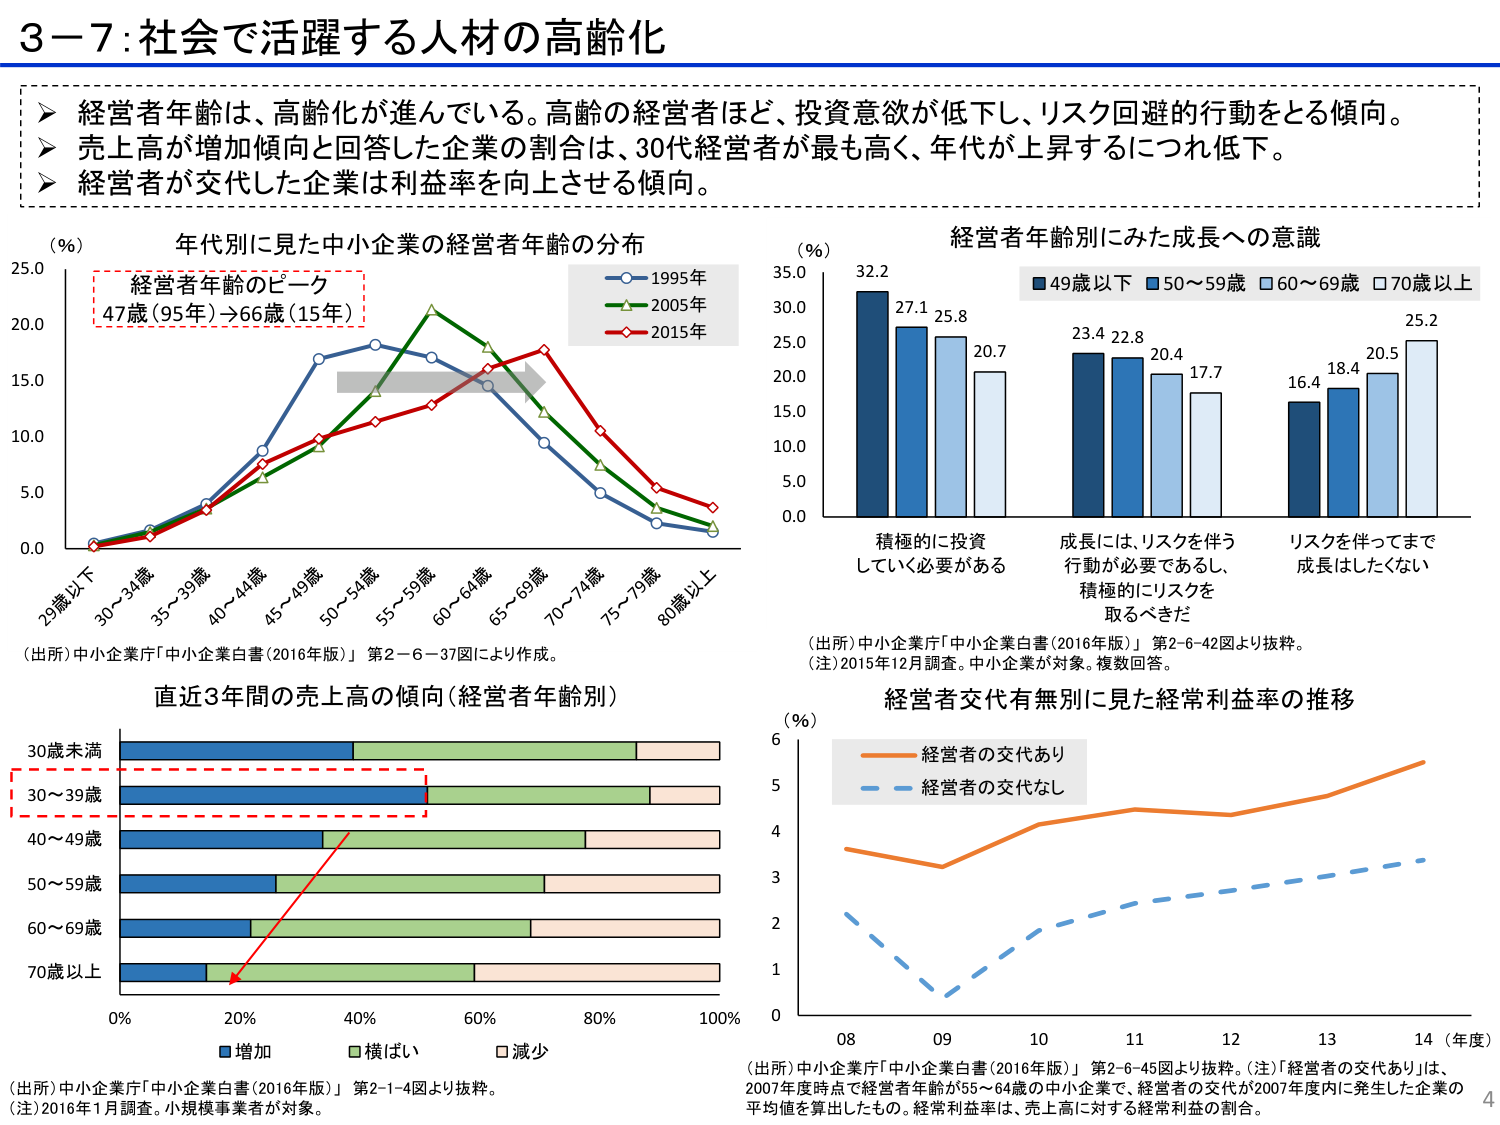
3－7：社会で活躍する人材の高齢化

▶ 経営者年齢は、高齢化が進んでいる。高齢の経営者ほど、投資意欲が低下し、リスク回避的行動をとる傾向。
▶ 売上高が増加傾向と回答した企業の割合は、30代経営者が最も高く、年代が上昇するにつれ低下。
▶ 経営者が交代した企業は利益率を向上させる傾向。

（％）
年代別に見た中小企業の経営者年齢の分布
経営者年齢のピーク
47歳（95年）→66歳（15年）
1995年
2005年
2015年
29歳以下
30～34歳
35～39歳
40～44歳
45～49歳
50～54歳
55～59歳
60～64歳
65～69歳
70～74歳
75～79歳
80歳以上
（出所）中小企業庁「中小企業白書（2016年版）」第2－6－37図より作成。

（％）
経営者年齢別にみた成長への意識
49歳以下
50～59歳
60～69歳
70歳以上
32.2
27.1
25.8
20.7
23.4
22.8
20.4
17.7
16.4
18.4
20.5
25.2
積極的に投資していく必要がある
成長には、リスクを伴う行動が必要であるし、積極的にリスクを取るべきだ
リスクを伴ってまで成長はしたくない
（出所）中小企業庁「中小企業白書（2016年版）」第2-6-42図より抜粋。
（注）2015年12月調査。中小企業が対象。複数回答。

直近3年間の売上高の傾向（経営者年齢別）
30歳未満
30～39歳
40～49歳
50～59歳
60～69歳
70歳以上
0％
20％
40％
60％
80％
100％
増加
横ばい
減少
（出所）中小企業庁「中小企業白書（2016年版）」第2-1-4図より抜粋。
（注）2016年1月調査。小規模事業者が対象。

（％）
経営者交代有無別に見た経常利益率の推移
経営者の交代あり
経営者の交代なし
08
09
10
11
12
13
14（年度）
（出所）中小企業庁「中小企業白書（2016年版）」第2-6-45図より抜粋。（注）「経営者の交代あり」は、2007年度時点で経営者年齢が55～64歳の中小企業で、経営者の交代が2007年度内に発生した企業の平均値を算出したもの。経常利益率は、売上高に対する経常利益の割合。

4